Source: Handwritten
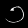
Digit: ၁ (1)